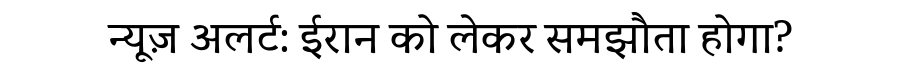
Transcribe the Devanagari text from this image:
न्यूज़ अलर्ट: ईरान को लेकर समझौता होगा?